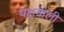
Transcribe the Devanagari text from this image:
यक्षवाली